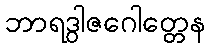
ဘာရဒွါဇဂေါတ္တေန